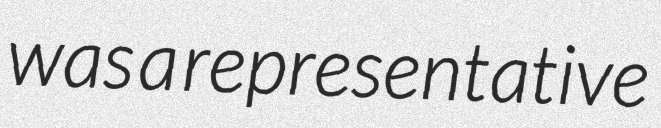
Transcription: was a representative